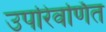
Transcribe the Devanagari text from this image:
उपरिवर्णित